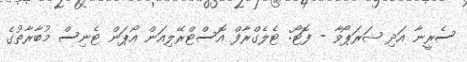
ސެރީނާ އަދި ޝަރަޕޯވާ - ފޮޓޯ: ޓެލެގްރާފް އޮސްޓްރޭލިއަން އޯޕަން ޓެނިސް މުބާރާތުގެ